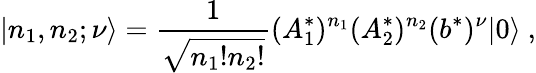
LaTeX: |n_{1},n_{2};\nu\rangle=\frac{1}{\sqrt{n_{1}!n_{2}!}}(A_{1}^{*})^{n_{1}}(A_{2}^{*})^{n_{2}}(b^{*})^{\nu}|0\rangle\ ,